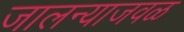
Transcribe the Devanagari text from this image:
जालन्याजवळ